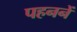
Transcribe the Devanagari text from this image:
पहननें